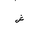
Letter: _shin